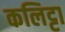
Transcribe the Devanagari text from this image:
कलिट्टा